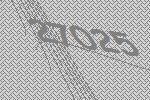
27025